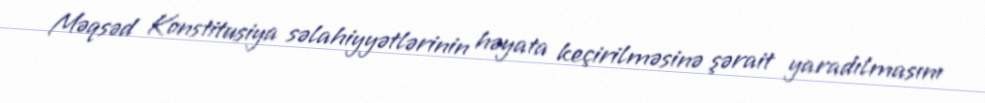
Məqsəd Konstitusiya səlahiyyətlərinin həyata keçirilməsinə şərait yaradılmasını